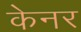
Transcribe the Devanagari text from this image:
केनर